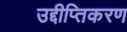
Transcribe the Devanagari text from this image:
उद्दीप्तिकरण